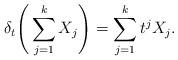
LaTeX: \begin{align*}\delta_t\Bigg(\sum_{j=1}^kX_j\Bigg)=\sum_{j=1}^kt^jX_j.\end{align*}